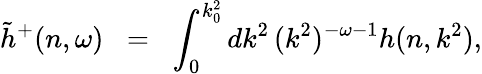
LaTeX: \tilde{h}^{+}(n,\omega)\; \; =\; \; \int_{0}^{k_{0}^{2}}dk^{2}\, (k^{2})^{-\omega-1}h(n,k^{2}),